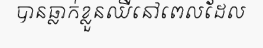
បានធ្លាក់ខ្លួនឈឺនៅពេលដែល